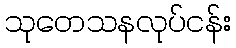
သုတေသနလုပ်ငန်း